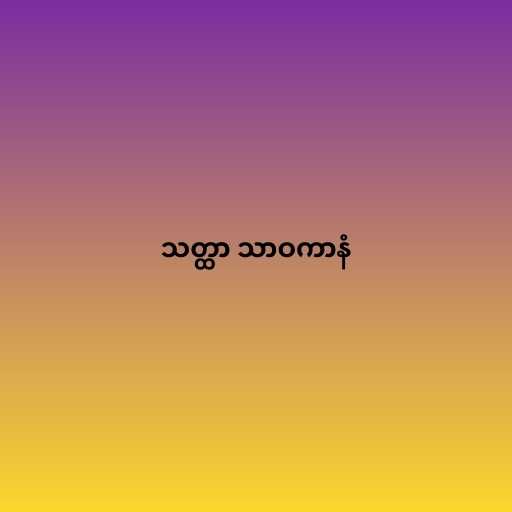
သတ္ထာ သာဝကာနံ